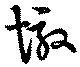
墩